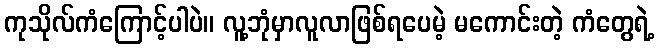
ကုသိုလ်ကံကြောင့်ပါပဲ။ လူ့ဘုံမှာလူလာဖြစ်ရပေမဲ့ မကောင်းတဲ့ ကံတွေရဲ့